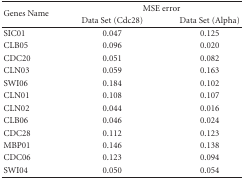
| <ROWSPAN=2> Genes Name | <COLSPAN=2> MSE error |
 | Data Set (Cdc28) | Data Set (Alpha) |
 | --- | --- | --- |
 | SIC01 | 0.047 | 0.125 |
 | CLB05 | 0.096 | 0.020 |
 | CDC20 | 0.051 | 0.082 |
 | CLN03 | 0.059 | 0.163 |
 | SWI06 | 0.184 | 0.102 |
 | CLN01 | 0.108 | 0.107 |
 | CLN02 | 0.044 | 0.016 |
 | CLB06 | 0.046 | 0.024 |
 | CDC28 | 0.112 | 0.123 |
 | MBP01 | 0.146 | 0.138 |
 | CDC06 | 0.123 | 0.094 |
 | SWI04 | 0.050 | 0.054 |